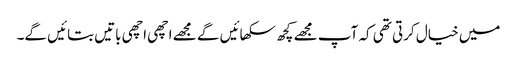
میں خیال کرتی تھی کہ آپ مجھے کچھ سکھائیں گے مجھے اچھی اچھی باتیں بتائیں گے۔